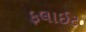
ફલાઈટ